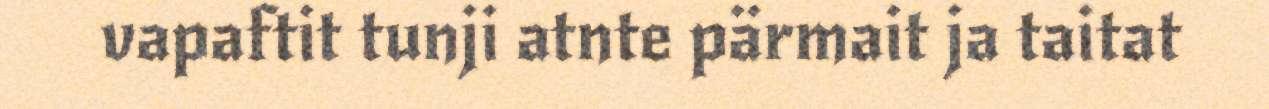
vapaftit tunji atnte pärmait ja taitat